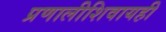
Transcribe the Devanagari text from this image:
प्रणालीशिवायही